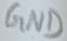
Text: GND